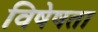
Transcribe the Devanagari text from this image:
विषेषता